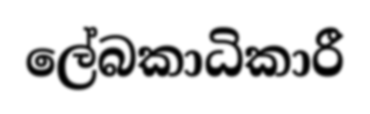
ලේබකාධිකාරී